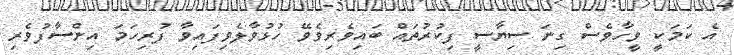
އެ ކަމަކީ ވީހާވެސް ގިނަ ސިޔާސީ ފިކުރުތައް ބައިވެރިވެވޭ ހުޅުވާލެވިފައިވާ ފުރިހަމަ އިންސާފުވެރި